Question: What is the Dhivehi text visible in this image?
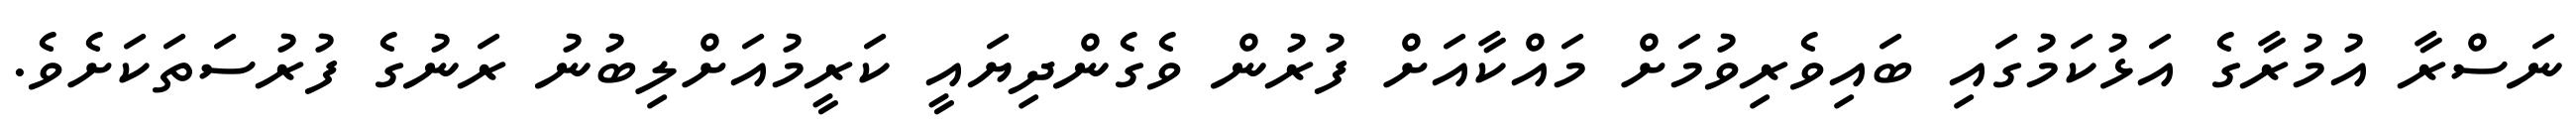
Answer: ނަސްރާ އުމުރާގެ އަޅުކަމުގައި ބައިވެރިވުމަށް މައްކާއަށް ފުރުން ވެގެންދިޔައީ ކަރީމުއަށްލިބުނު ރަނުގެ ފުރުސަތަކަށެވެ.